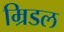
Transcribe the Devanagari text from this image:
म्रिडल